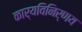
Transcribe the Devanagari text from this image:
कार्यविनिर्णय